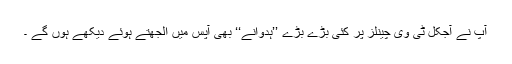
آپ نے آجکل ٹی وی چینلز پر کئی بڑے بڑے ’’ہدوانے‘‘ بھی آپس میں الجھتے ہوئے دیکھے ہوں گے ۔